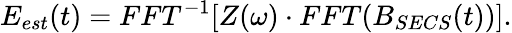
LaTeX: E_{est}(t)=FFT^{-1}[Z(\omega)\cdot FFT(B_{SECS}(t))].